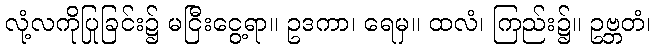
လုံ့လကိုပြုခြင်း၌ မငြီးငွေ့ရာ။ ဥဒကာ၊ ရေမှ။ ထလံ၊ ကြည်း၌။ ဥဗ္ဘတံ၊